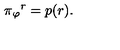
\pi { _ { \varphi } } { ^ { r } } = p ( r ) .